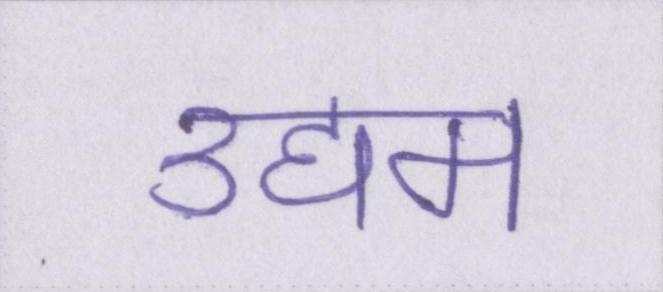
उद्यम